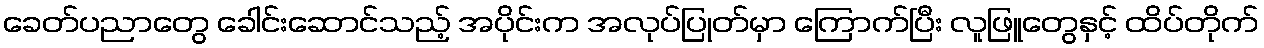
ခေတ်ပညာတွေ ခေါင်းဆောင်သည့် အပိုင်းက အလုပ်ပြုတ်မှာ ကြောက်ပြီး လူဖြူတွေနှင့် ထိပ်တိုက်